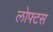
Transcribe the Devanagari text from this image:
लोफ्टस